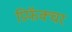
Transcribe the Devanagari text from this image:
प्रिफॅक्चर